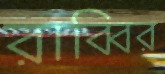
রাব্বির